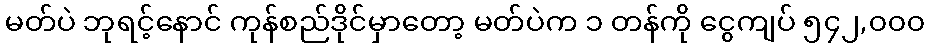
မတ်ပဲ ဘုရင့်နောင် ကုန်စည်ဒိုင်မှာတော့ မတ်ပဲက ၁ တန်ကို ငွေကျပ် ၅၄၂,၀၀၀